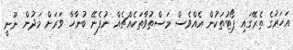
އަހަރުގެ ތެރޭގައި ޕޯޓުތަކުން އެއްވެސް މަސްތުވާތަކެއްޗެއް ނުފެނޭ ބުނާހާ ވަރަށް މަދުން ނޫނީ